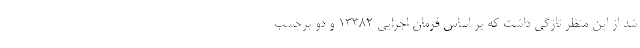
شد از این منظر تازگی داشت که بر اساس فرمان اجرایی ۱۳۳۸۲ و دو برچسب